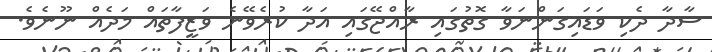
ސާދާ ދެކި ވަޑައިގަންނަވާ ގޮތުގައި ރާއްޖޭގައި އަދާ ކުރެވޭނެ ވަޒީފާތައް މަދެއް ނޫނެވެ.